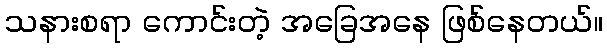
သနားစရာ ကောင်းတဲ့ အခြေအနေ ဖြစ်နေတယ်။